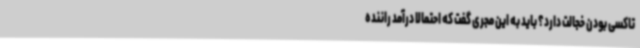
تاکسی بودن خجالت دارد؟ باید به این مجری گفت که احتمالا درآمد راننده